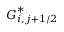
\boldsymbol { G } _ { i , j + 1 / 2 } ^ { * }